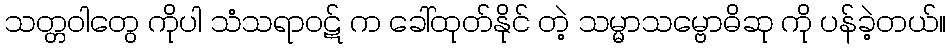
သတ္တဝါတွေ ကိုပါ သံသရာဝဋ် က ခေါ်ထုတ်နိုင် တဲ့ သမ္မာသမ္ဗောဓိဆု ကို ပန်ခဲ့တယ်။